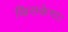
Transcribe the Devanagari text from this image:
खिसकेगा।